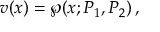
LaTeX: v ( x ) = \wp ( x ; P _ { 1 } , P _ { 2 } ) \, ,